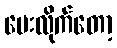
မေးလိုက်တော့